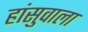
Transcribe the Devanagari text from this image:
हांसुवाला